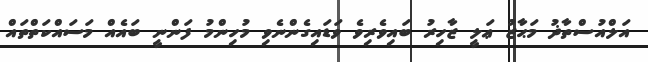
އަލްއުސްތާޛު މަޙާޒު ޢަލީ ޒާހިރު ބައިވެރިވެ ވަޑައިގެންނެވި މުހިންމު ފަންނީ ބައެއް މަސައްކަތްތައް